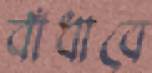
বাঁধাবে